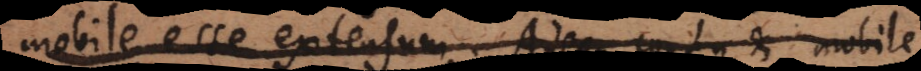
mobile esse extensum. Adeoque corpus et mobile,